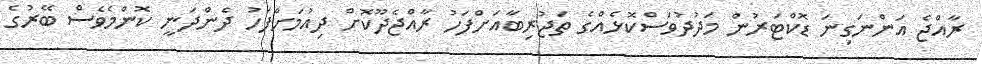
ރާއްޖެ އަންނަގިނަ ޑޮކްޓަރުން މަދުދުވަސްކޮޅެއްގެ ތަޖުރިބާއަށްފަހު ރާއްޖެދޫކޮށް ދިއުމަށްފަހު ދެންދަނީ ކޮންމެވެސް ބޭރުގެ